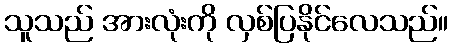
သူသည် အားလုံးကို လှစ်ပြနိုင်လေသည်။